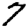
Digit: 7